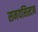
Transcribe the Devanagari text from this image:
समयसिस्टम